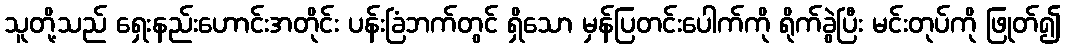
သူတို့သည် ရှေးနည်းဟောင်းအတိုင်း ပန်းခြံဘက်တွင် ရှိသော မှန်ပြတင်းပေါက်ကို ရိုက်ခွဲပြီး မင်းတုပ်ကို ဖြုတ်၍